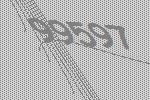
99597